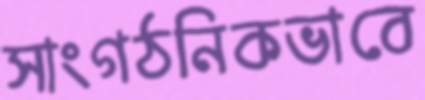
সাংগঠনিকভাবে